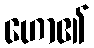
ဟော၏